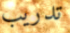
تدريب